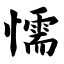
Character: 懦